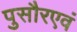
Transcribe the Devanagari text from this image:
पुसौरएवं